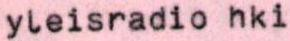
yleisradio hki